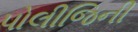
પોલીજિની